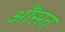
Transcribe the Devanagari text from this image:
ऒसत